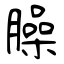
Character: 臊